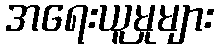
အရေးယူမှုများ